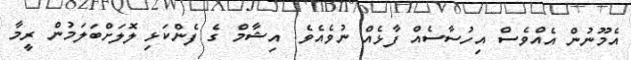
އެމޫނުން އެއްވެސް އިހުސާސެއް ފާޅެއް ނުވެއެވެ. އިޝާމް ގެ ފެންކަޅި ލޮލަށްބަލަމުން ރީމާ